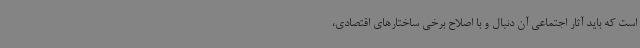
است که باید آثار اجتماعی آن دنبال و با اصلاح برخی ساختارهای اقتصادی،